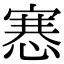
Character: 㥶